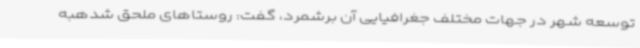
توسعه شهر در جهات مختلف جغرافیایی آن برشمرد، گفت: روستاهای ملحق شدهبه